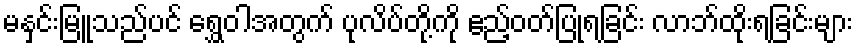
မနှင်းမြူသည်ပင် ရွှေဝါအတွက် ပုလိပ်တို့ကို ဧည့်ဝတ်ပြုရခြင်း လာဘ်ထိုးရခြင်းများ